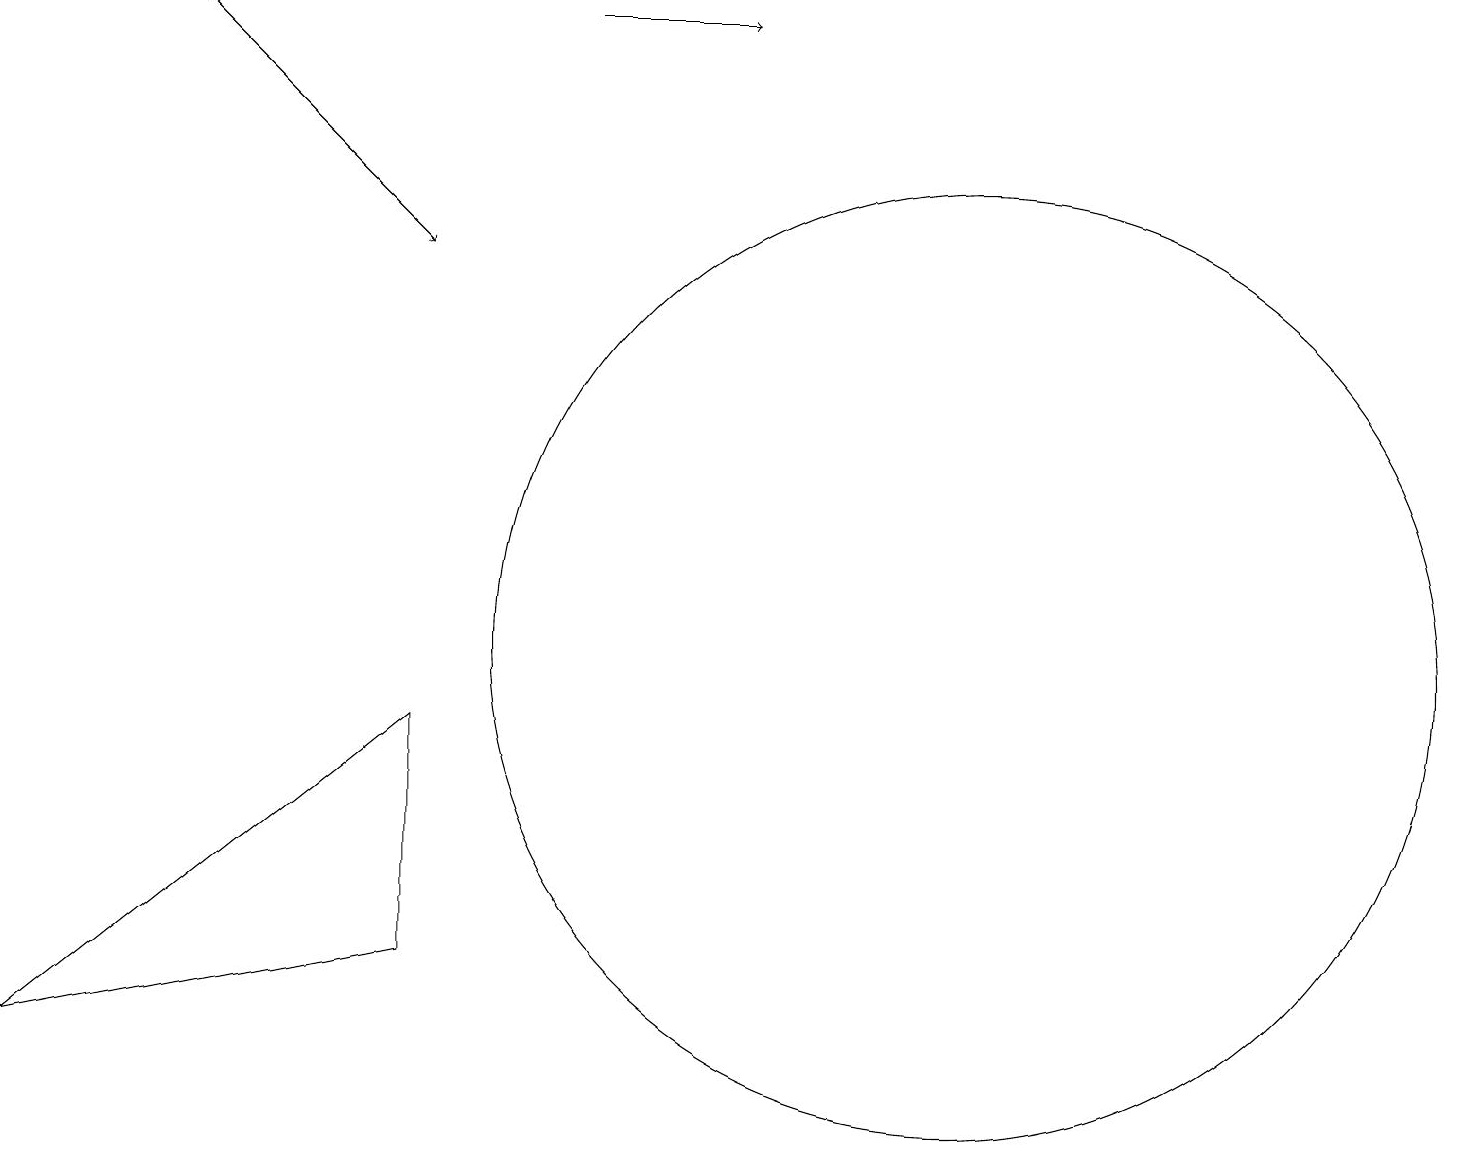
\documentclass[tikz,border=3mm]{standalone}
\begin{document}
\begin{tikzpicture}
\draw[->] (2,18) -- (5,15);
\draw (12,10) circle (6);
\draw[->] (7,18) -- (9,18);
\draw (5,9) -- (0,5) -- (5,6) -- cycle;
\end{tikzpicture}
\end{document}